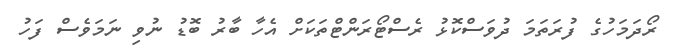
ރޯދަމަހުގެ ފުރަތަމަ ދުވަސްކޮޅު ރެސްޓޯރަންޓްތަކަށް އެހާ ބާރު ބޮޑު ނުވި ނަމަވެސް ފަހު